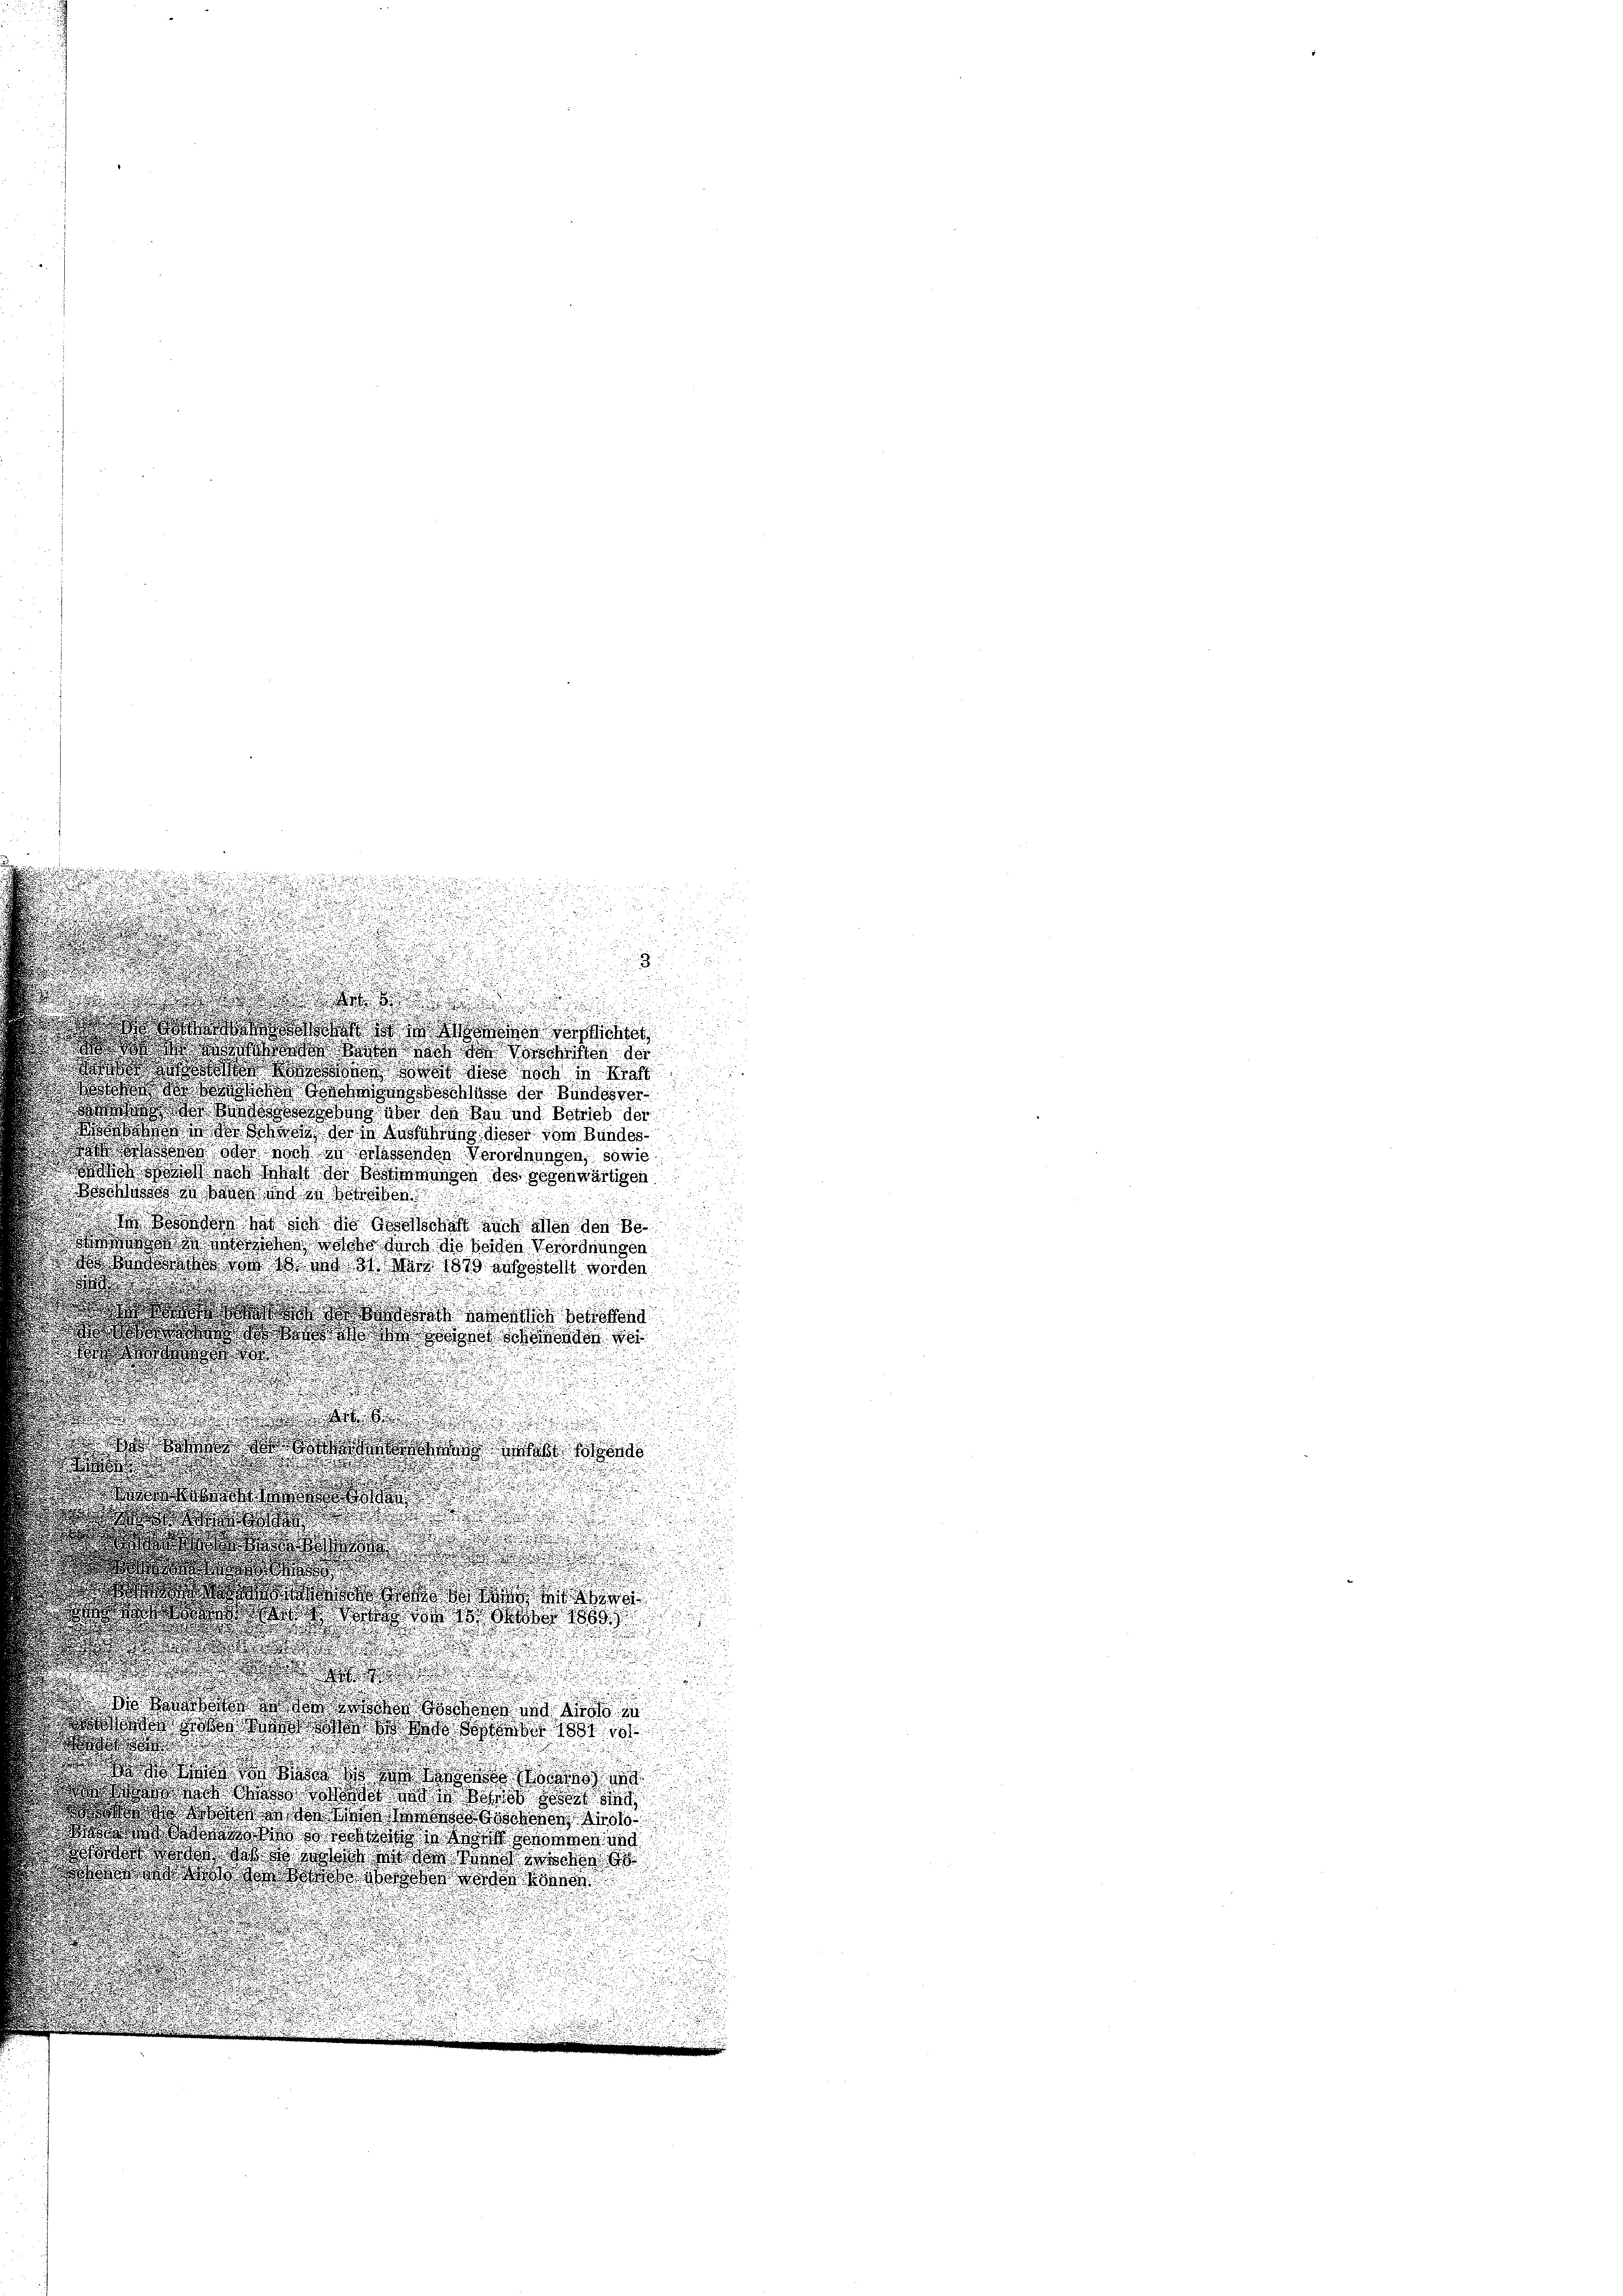
.

.
.
n

d

 vers
doakerstosse vorschriften der
wo es war dort gab das noch in dies
 do del der Bundesver
 Hundessen über der Bau und Betrieb der
 der Zuschrung dieser vom Bundeswoch noch da erlassenden Verordnungen, sowie
o das Was der Bestimmungen des gegenwärtigen
dch die Lande ad in Beheben
e Boden und sich so geschaft noch allen den Be
 Woche Reich die beiden Verordnungen
oßanden ist so wie 31 Mai 1879 ausgestellt worden

as dort en an den sind
do dass er den der Weigen Schwenden de
e
t

d
.
d
i
d

d
d
rh habe es sin

.
d

.
d

.
.

n
d

n
2
 wo sie sicht

u
d 6 Monat 1869

u

.

.
danken der von
 do daß das aber 1891 101

gatte die
wo wird das ist die und
drida Weber 181
d war das des aber deren und
w a s hat der Was der
end die des gar

1